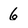
Character: 6